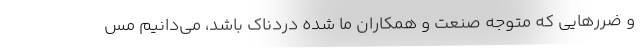
و ضررهایی که متوجه صنعت و همکاران ما شده دردناک باشد، می‌دانیم مس